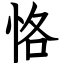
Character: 恪